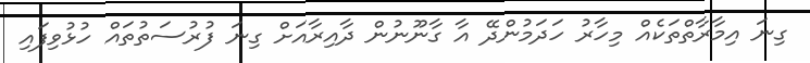
ގިނަ އިމާރާތްތަކެއް މިހާރު ހަދަމުންދޭ އާ ގާނޫނުން ދާއިރާއަށް ގިނަ ފުރުސަތުތައް ހުޅުވިފައި